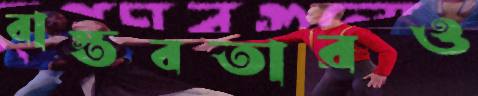
বাস্তবতারও